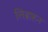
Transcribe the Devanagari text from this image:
लिब्राहन